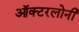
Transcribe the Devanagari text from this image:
ऑक्टरलोनी